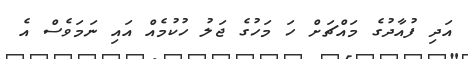
އަދި ފުއާދުގެ މައްޗަށް ހަ މަހުގެ ޖަލު ހުކުމެއް އައި ނަމަވެސް އެ